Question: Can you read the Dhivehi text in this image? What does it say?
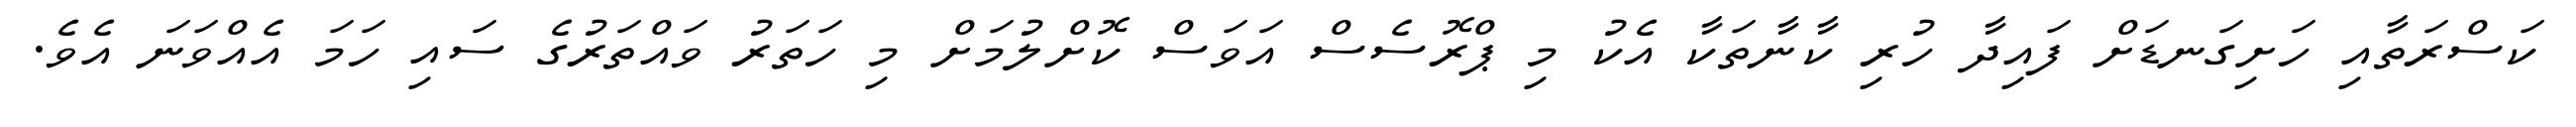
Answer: ކަސްރަތާއި ހަށިގަނޑަށް ފައިދާ ހުރި ކާނާތަކާ އެކު މި ޕްރޮސެސް އަވަސް ކޮށްލުމަށް މި ހަތަރު ވައްތަރުގެ ސައި ހަމަ އެއްވަނަ އެވެ.